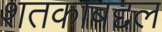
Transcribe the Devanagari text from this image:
शतकाबद्दल